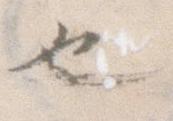
也